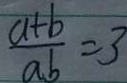
\frac { a + b } { a b } = 3